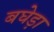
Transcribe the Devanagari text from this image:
बघेड़ा